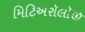
મિટિઅરૉલૉજી